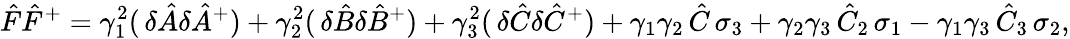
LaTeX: {\hat{F}}{\hat{F}}^{+}=\gamma_{1}^{2}(\, \delta{\hat{A}}\delta{\hat{A}}^{+})+\gamma_{2}^{2}(\, \delta{\hat{B}}\delta{\hat{B}}^{+})+\gamma_{3}^{2}(\, \delta{\hat{C}}\delta{\hat{C}}^{+})+\gamma_{1}\gamma_{2}\, {\hat{C}}\, \sigma_{3}+\gamma_{2}\gamma_{3}\, {\hat{C}}_{2}\, \sigma_{1}-\gamma_{1}\gamma_{3}\, {\hat{C}}_{3}\, \sigma_{2},